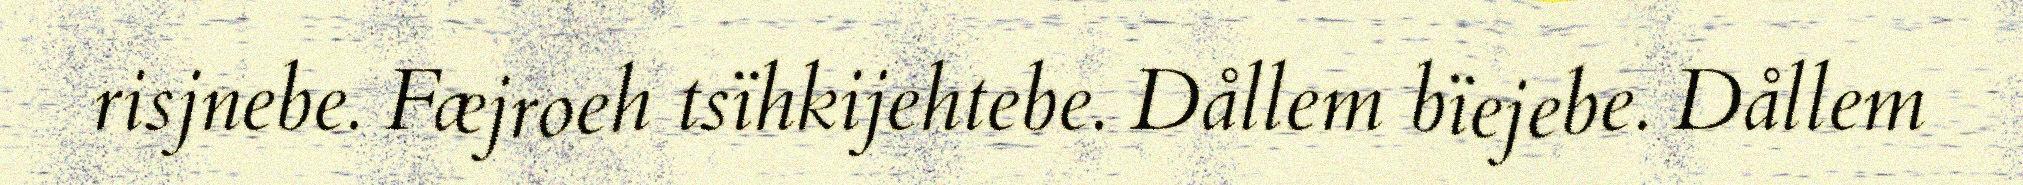
risjnebe. Fæjroeh tsïhkijehtebe. Dållem bïejebe. Dållem